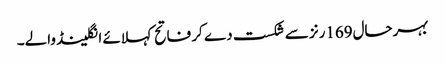
بہرحال169رنز سے شکست دے کر فاتح کہلائے انگلینڈ والے۔